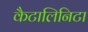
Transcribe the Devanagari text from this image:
कैटालिनिटा